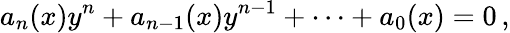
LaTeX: a_{n}(x)y^{n}+a_{n-1}(x)y^{n-1}+\cdots+a_{0}(x)=0\, ,